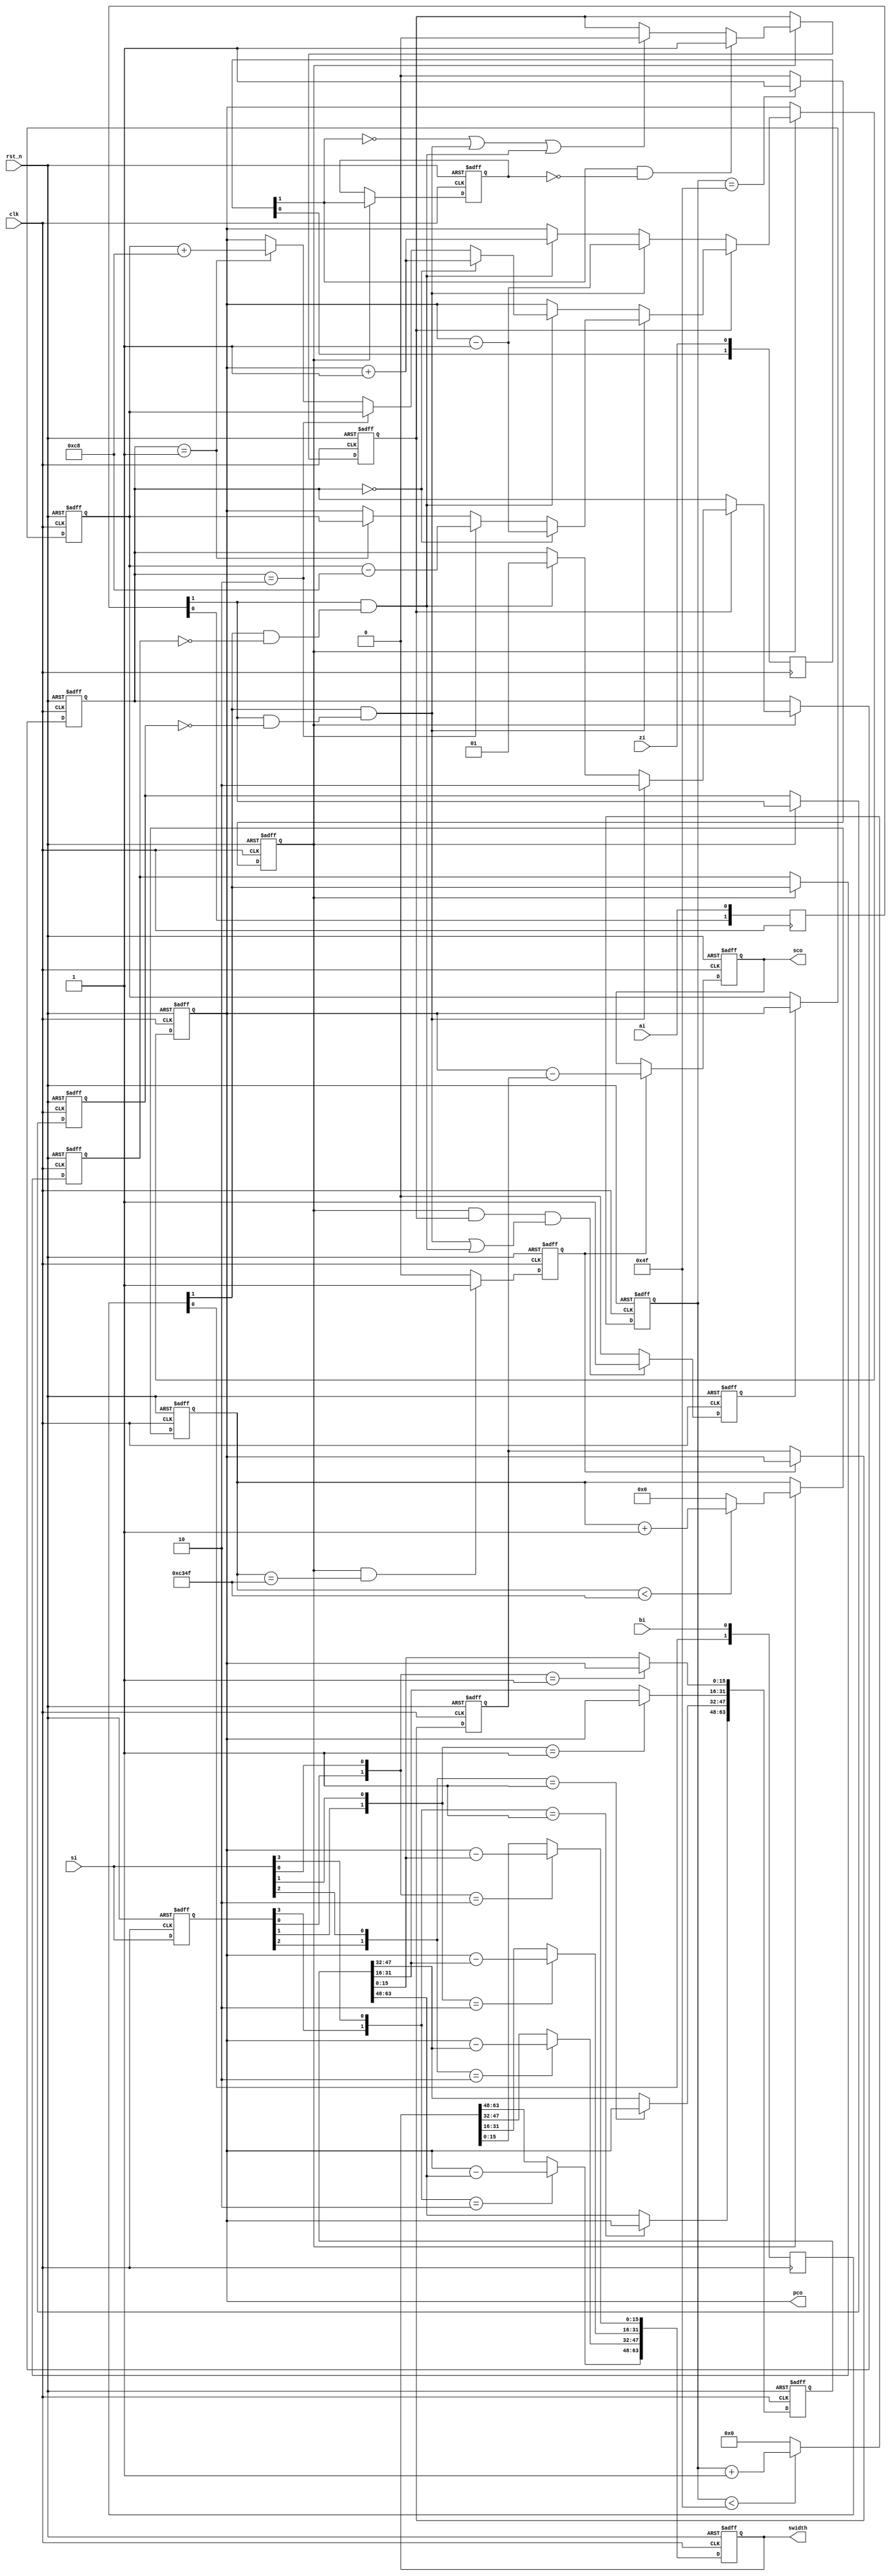
// =================================================================================/
// Project Name :
// Creat Time   : 2019/09/14 09:29:53
// Module Ver   : V1.0
// Abstract     :
//
// CopyRight(c) 2014, Authors
// All Rights Reserved
//
// Modification History:
// V1.0         initial
// =================================================================================/
`timescale 1ns/1ns
module coder #(
parameter                           U_DLY = 1
)(
input                               clk,
input                               rst_n,
input                               ai,
input                               bi,
input                               zi,
input           [3:0]               si,
output          [15:0]              pco,
output  reg     [15:0]              sco,
output  reg     [63:0]              swidth
);
// Parameter Define
localparam                          TYPE_NONE = 2'b00;
localparam                          TYPE_CW = 2'b01;
localparam                          TYPE_CCW = 2'b10;

// Register Define
reg                                 clk_en;
reg     [6:0]                       clk_cnt;
reg     [1:0]                       ai_dly;
reg     [1:0]                       bi_dly;
reg     [1:0]                       zi_dly;
reg     [15:0]                      pulse_cnt;
reg     [15:0]                      pulse_reg;
reg     [1:0]                       ztype;
reg                                 ai_reg;
reg                                 bi_reg;
reg                                 pulse_push;
reg     [15:0]                      t50ms_cnt;
reg                                 t50ms_flag;
reg     [15:0]                      speed_reg;
reg     [63:0]                      sstart;
reg     [3:0]                       si_dly;
reg                                 zi_high;
reg                                 zi_reg;

// Wire Define
wire                                ai_rise;
wire                                bi_rise;
wire                                zi_rise;


// Generate (us) clock enable pulse.
always @ (posedge clk or negedge rst_n )
begin
    if (rst_n == 1'b0)
        begin
            clk_en <= #U_DLY 1'b0;
            clk_cnt <= #U_DLY 7'd0;
        end
    else
        begin
            if(clk_cnt < 7'd79)
                clk_cnt <= #U_DLY clk_cnt + 7'd1;
            else
                clk_cnt <= #U_DLY 7'd0;

            if(clk_cnt == 7'd79)
                clk_en <= #U_DLY 1'b1;
            else
                clk_en <= #U_DLY 1'b0;
        end
end


always @(posedge clk)
begin
    ai_dly <= #U_DLY {ai_dly[0],ai};
    bi_dly <= #U_DLY {bi_dly[0],bi};
    zi_dly <= #U_DLY {zi_dly[0],zi};
end

always @ (posedge clk or negedge rst_n )
begin
    if (rst_n == 1'b0)
        begin
            ai_reg <= 1'b0;
            bi_reg <= 1'b0;
            zi_reg <= 1'b0;
            zi_high <= 1'b0;
        end
    else
        begin
            if(clk_en == 1'b1)
                ai_reg <= #U_DLY ai_dly[1];
            else;

            if(clk_en == 1'b1)
                bi_reg <= #U_DLY bi_dly[1];
            else;

            if(clk_en == 1'b1)
                zi_reg <= #U_DLY zi_dly[1];
            else;

            if(clk_en == 1'b1)
                begin
                    if(zi_rise == 1'b1)
                        zi_high <= #U_DLY 1'b1;
                    else if(zi_dly[1] == 1'b0 || (bi_dly[1] == 1'b1 && ai_rise == 1'b1) ||
                                    (ai_dly[1] == 1'b1 && bi_rise == 1'b1))
                        zi_high <= #U_DLY 1'b0;
                    else;
                end
            else;
        end
end

assign ai_rise = ai_dly[1] & (~ai_reg);
assign bi_rise = bi_dly[1] & (~bi_reg);
assign zi_rise = zi_dly[1] & (~zi_reg);

always @ (posedge clk or negedge rst_n )
begin
    if (rst_n == 1'b0)
        begin
            pulse_cnt <= 16'd0;
            pulse_reg <= 16'd0;
            pulse_push <= 1'b0;
            ztype <= TYPE_NONE;
        end
    else
        begin
            if(clk_en == 1'b1)
                begin
                    if(zi_high   == 1'b1)
                        begin
                            if(bi_dly[1] == 1'b1 && ai_rise == 1'b1)
                                begin
                                    if(ztype == TYPE_NONE)
                                        pulse_cnt <= #U_DLY pulse_cnt - 16'd1;
                                    else if(ztype == TYPE_CCW)
                                        pulse_cnt <= #U_DLY pulse_reg - 16'd200;
                                    else if(ztype == TYPE_CW)
                                        pulse_cnt <= #U_DLY pulse_reg;
                                    else;
                                end
                            else if(ai_dly[1] == 1'b1 && bi_rise == 1'b1)
                                begin
                                    if(ztype == TYPE_NONE)
                                        pulse_cnt <= #U_DLY pulse_cnt + 16'd1;
                                    else if(ztype == TYPE_CCW)
                                        pulse_cnt <= #U_DLY pulse_reg;
                                    else if(ztype == TYPE_CW)
                                        pulse_cnt <= #U_DLY pulse_reg + 16'd200;
                                    else;
                                end
                            else;
                        end
                    else
                        begin
                            if(bi_dly[1] == 1'b1 && ai_rise == 1'b1)
                                pulse_cnt <= #U_DLY pulse_cnt - 16'd1;
                            else if(ai_dly[1] == 1'b1 && bi_rise == 1'b1)
                                pulse_cnt <= #U_DLY pulse_cnt + 16'd1;
                            else;
                        end
                end
            else;


            if(clk_en == 1'b1)
                begin
                    if(zi_high   == 1'b1)
                        begin
                            if(bi_dly[1] == 1'b1 && ai_rise == 1'b1)
                                ztype <= #U_DLY TYPE_CCW;
                            else if(ai_dly[1] == 1'b1 && bi_rise == 1'b1)
                                ztype <= #U_DLY TYPE_CW;
                            else;
                        end
                    else;
                end
            else;

            if(clk_en == 1'b1 && zi_high   == 1'b1 &&
                ((bi_dly[1] == 1'b1 && ai_rise == 1'b1) || (ai_dly[1] == 1'b1 && bi_rise == 1'b1)))
                pulse_push <= #U_DLY 1'b1;
            else
                pulse_push <= #U_DLY 1'b0;

            if(pulse_push == 1'b1)
                pulse_reg <= #U_DLY pulse_cnt;
            else;

        end
end

assign pco = pulse_cnt;

always @ (posedge clk or negedge rst_n )
begin
    if (rst_n == 1'b0)
        begin
            t50ms_cnt <= 16'd0;
            t50ms_flag <= 1'b0;
            speed_reg <= 16'd0;
            sco <= 16'd0;
        end
    else
        begin
            if(clk_en == 1'b1)
                begin
                    if(t50ms_cnt < 16'd49999)
                        t50ms_cnt <= #U_DLY t50ms_cnt + 16'd1;
                    else
                        t50ms_cnt <= #U_DLY 16'd0;
                end
            else;

            if(clk_en == 1'b1 && t50ms_cnt == 16'd49999)
                t50ms_flag <= #U_DLY 1'b1;
            else
                t50ms_flag <= #U_DLY 1'b0;

            if(t50ms_flag == 1'b1)
                speed_reg <= #U_DLY pulse_cnt;
            else;

            if(t50ms_flag == 1'b1)
                sco <= #U_DLY pulse_cnt - speed_reg;
            else;
        end
end

integer i;
always @ (posedge clk or negedge rst_n )
begin
    if (rst_n == 1'b0)
        begin
            sstart <= 64'd0;
            swidth <= 64'd0;
            si_dly <= 4'd0;
        end
    else
        begin
            si_dly <= #U_DLY si;
            for(i=0;i<4;i=i+1)
                begin
                    if({si_dly[i],si[i]} == 2'b01)  //rise edge
                        sstart[i*16+:16] <= #U_DLY pulse_cnt;
                    else;

                    if({si_dly[i],si[i]} == 2'b10)
                        swidth[i*16+:16] <= #U_DLY pulse_cnt - sstart[i*16+:16];
                    else;
                end
        end
end
endmodule